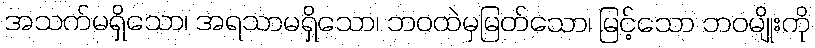
အသက်မရှိသော၊ အရသာမရှိသော၊ ဘဝထဲမှမြတ်သော၊ မြင့်သော ဘဝမျိုးကို